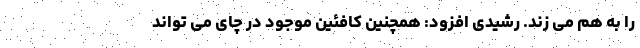
را به هم می زند. رشیدی افزود: همچنین کافئین موجود در چای می تواند